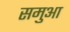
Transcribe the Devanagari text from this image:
समुआ